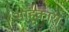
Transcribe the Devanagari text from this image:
साहूकारा